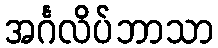
အင်္ဂလိပ်ဘာသာ